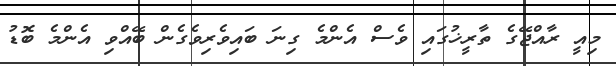
މިއީ ރާއްޖޭގެ ތާރީޚުގައި ވެސް އެންމެ ގިނަ ބައިވެރިވެގެން ބޭއްވި އެންމެ ބޮޑު